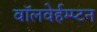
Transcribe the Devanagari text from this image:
वॉलवेर्हम्प्टन